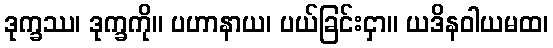
ဒုက္ခဿ၊ ဒုက္ခကို။ ပဟာနာယ၊ ပယ်ခြင်းငှာ။ ယဒိနဝါယမထ၊